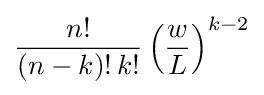
{\frac {n!}{(n-k)!\,k!}}\left({\frac {w}{L}}\right)^{k-2}